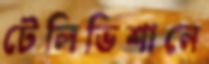
টেলিভিশানে